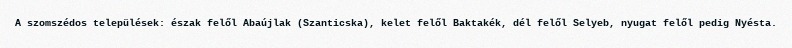
A szomszédos települések: észak felől Abaújlak (Szanticska), kelet felől Baktakék, dél felől Selyeb, nyugat felől pedig Nyésta.